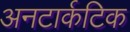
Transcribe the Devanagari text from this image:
अनटार्कटिक